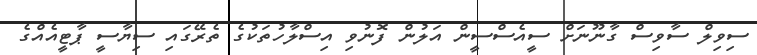
ސިވިލް ސާވިސް ގާނޫނަށް ސީއެސްސީން އަލުން ފޮނުވި އިސްލާހުތަކުގެ ތެރޭގައި ސިޔާސީ ޕާޓީއެއްގެ